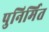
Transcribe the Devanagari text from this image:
पुनिर्मित